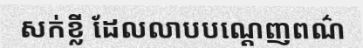
សក់ខ្លី ដែលលាបបណ្តេញពណ៌